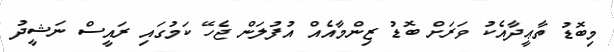
މިބޮޑު ތާޢީދާއެކު ވަރަށް ބޮޑު ޒިންމާއެއް އުފުލަން ޖެހޭ ކަމުގައި ރައީސް ނަޝީދު